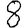
Digit: 8